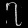
Digit: ၇